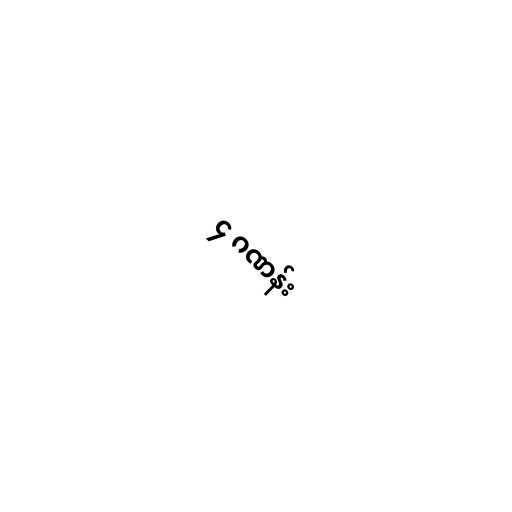
၄ ဂဏန်း